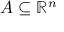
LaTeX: A \subseteq \mathbb { R } ^ { n }